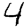
Digit: 4